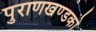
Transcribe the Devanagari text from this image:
पुराणखण्डको